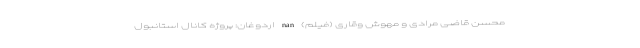
محسن قاضی مرادی و مهوش وقاری (فیلم) nan اردوغان: پروژه کانال استانبول